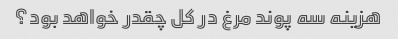
هزینه سه پوند مرغ در کل چقدر خواهد بود؟